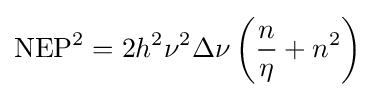
\mathrm {NEP} ^{2}=2h^{2}\nu ^{2}\Delta \nu \left({\frac {n}{\eta }}+n^{2}\right)